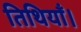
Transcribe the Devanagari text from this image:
तिथियाँ।